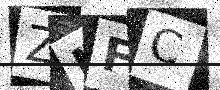
Text: ZHFC